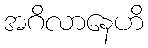
အဂိလာနေဟိ